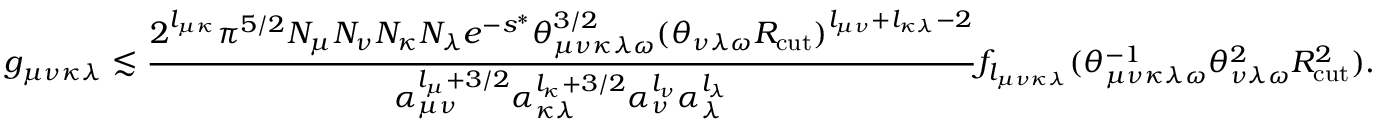
g _ { \mu \nu \kappa \lambda } \lesssim \frac { 2 ^ { l _ { \mu \kappa } } \pi ^ { 5 / 2 } N _ { \mu } N _ { \nu } N _ { \kappa } N _ { \lambda } e ^ { - s ^ { * } } \theta _ { \mu \nu \kappa \lambda \omega } ^ { 3 / 2 } ( \theta _ { \nu \lambda \omega } R _ { \mathrm { c u t } } ) ^ { l _ { \mu \nu } + l _ { \kappa \lambda } - 2 } } { \alpha _ { \mu \nu } ^ { l _ { \mu } + 3 / 2 } \alpha _ { \kappa \lambda } ^ { l _ { \kappa } + 3 / 2 } \alpha _ { \nu } ^ { l _ { \nu } } \alpha _ { \lambda } ^ { l _ { \lambda } } } f _ { l _ { \mu \nu \kappa \lambda } } ( \theta _ { \mu \nu \kappa \lambda \omega } ^ { - 1 } \theta _ { \nu \lambda \omega } ^ { 2 } R _ { \mathrm { c u t } } ^ { 2 } ) .